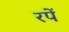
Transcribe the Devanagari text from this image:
रपें